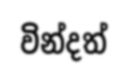
වින්දත්